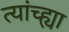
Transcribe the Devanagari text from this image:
त्यांच्ह्या